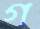
গ